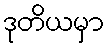
ဒုတိယမှာ